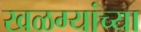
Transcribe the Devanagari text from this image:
खळग्यांच्या